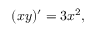
( x y ) ^ { \prime } = 3 x ^ { 2 } ,